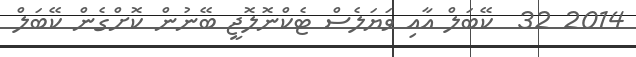
2014 32  ކޭބަލް އާއި ވަޔަލެސް ޓެކްނޮލޮޖީ ބޭނުން ކޮށްގެން ކޭބަލް